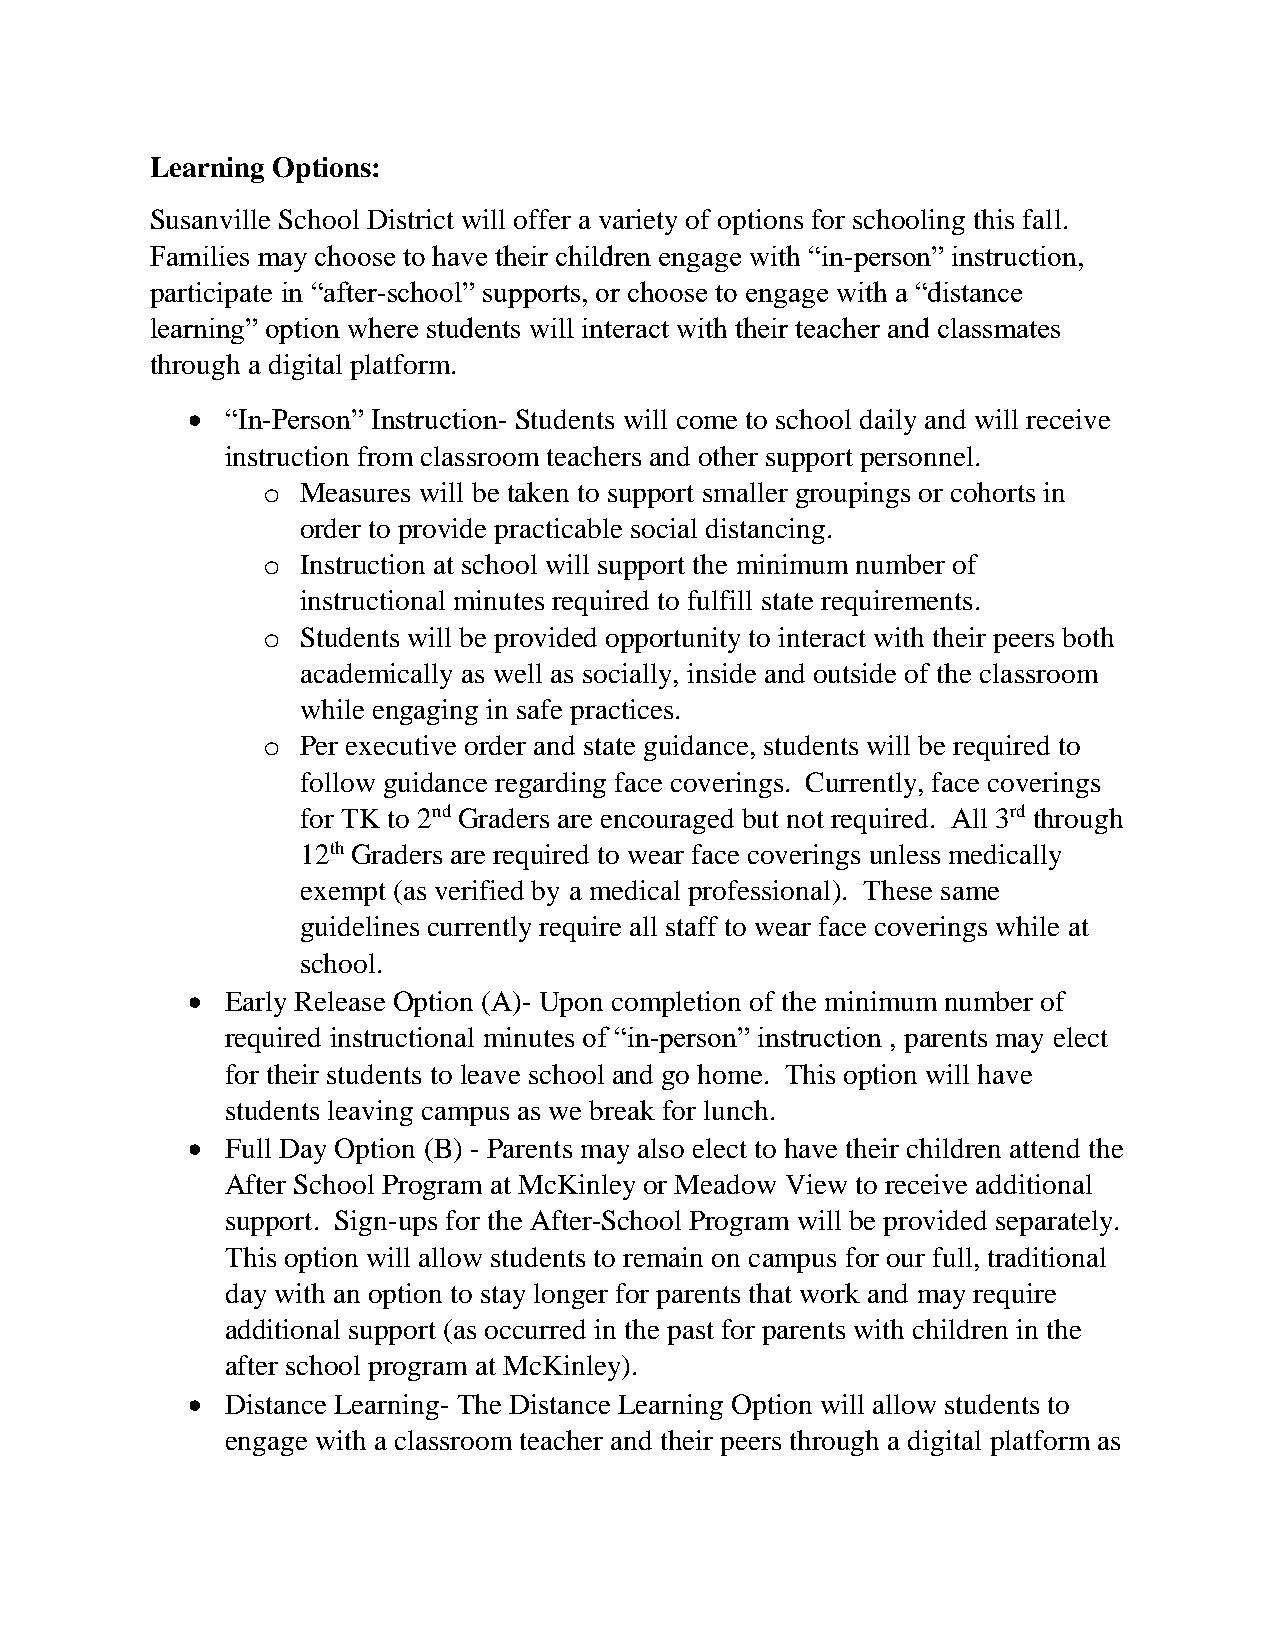
Learning Options:
 Susanville School District will offer a variety of options for schooling this fall.
 Families may choose to have their children engage with “in-person” instruction,
 participate in “after-school” supports, or choose to engage with a “distance
 learning” option where students will interact with their teacher and classmates
 through a digital platform.
   “In-Person” Instruction- Students will come to school daily and will receive
 instruction from classroom teachers and other support personnel.
 o  Measures will be taken to support smaller groupings or cohorts in
 order to provide practicable social distancing.
 o  Instruction at school will support the minimum number of
 instructional minutes required to fulfill state requirements.
 o  Students will be provided opportunity to interact with their peers both
 academically as well as socially, inside and outside of the classroom
 while engaging in safe practices.
 o  Per executive order and state guidance, students will be required to
 follow guidance regarding face coverings. Currently, face coverings
 for TK to 2nd Graders are encouraged but not required. All 3rd through
 12th Graders are required to wear face coverings unless medically
 exempt (as verified by a medical professional). These same
 guidelines currently require all staff to wear face coverings while at
 school.
   Early Release Option (A)- Upon completion of the minimum number of
 required instructional minutes of “in-person” instruction , parents may elect
 for their students to leave school and go home. This option will have
 students leaving campus as we break for lunch.
   Full Day Option (B) - Parents may also elect to have their children attend the
 After School Program at McKinley or Meadow View to receive additional
 support. Sign-ups for the After-School Program will be provided separately.
 This option will allow students to remain on campus for our full, traditional
 day with an option to stay longer for parents that work and may require
 additional support (as occurred in the past for parents with children in the
 after school program at McKinley).
   Distance Learning- The Distance Learning Option will allow students to
 engage with a classroom teacher and their peers through a digital platform as